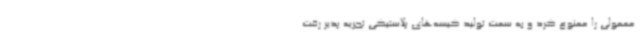
معمولی را ممنوع کرد و به سمت تولید کیسه‌های پلاستیکی تجزیه پذیر رفت